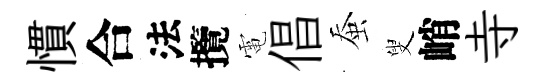
慣合法攬電倡蚕叟峭寺